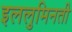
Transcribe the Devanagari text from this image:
इललुमिनती